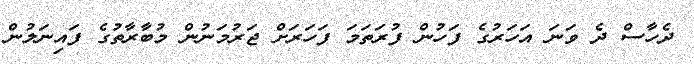
ދެހާސް ދެ ވަނަ އަހަރުގެ ފަހުން ފުރަތަމަ ފަހަރަށް ޖަރުމަނުން މުބާރާތުގެ ފައިނަލުން